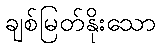
ချစ်မြတ်နိုးသော